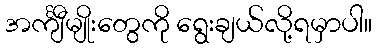
အင်္ကျီမျိုးတွေကို ရွေးချယ်လို့ရမှာပါ။